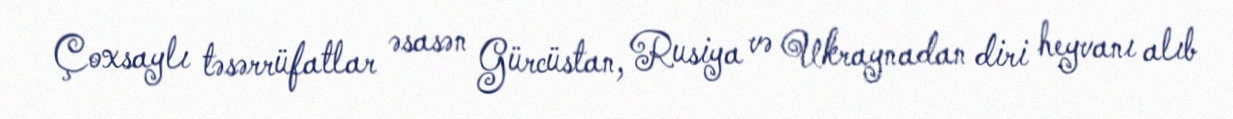
Çoxsaylı təsərrüfatlar əsasən Gürcüstan, Rusiya və Ukraynadan diri heyvanı alıb